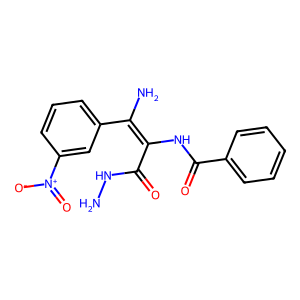
SMILES: NNC(=O)C(NC(=O)c1ccccc1)=C(N)c1cccc([N+](=O)[O-])c1
Inhibits HIV replication: No